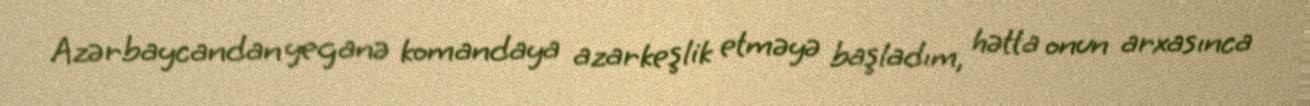
Azərbaycandan yeganə komandaya azarkeşlik etməyə başladım, hətta onun arxasınca